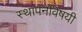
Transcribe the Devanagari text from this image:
स्थापनेविषयी